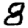
Digit: 8